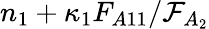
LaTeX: n_{1}+\kappa_{1}F_{A11}/\mathcal{F}_{A_{2}}